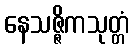
နေသဇ္ဇိကသုတ္တံ